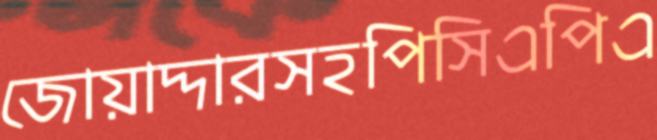
জোয়াদ্দারসহপিসিএপিএ